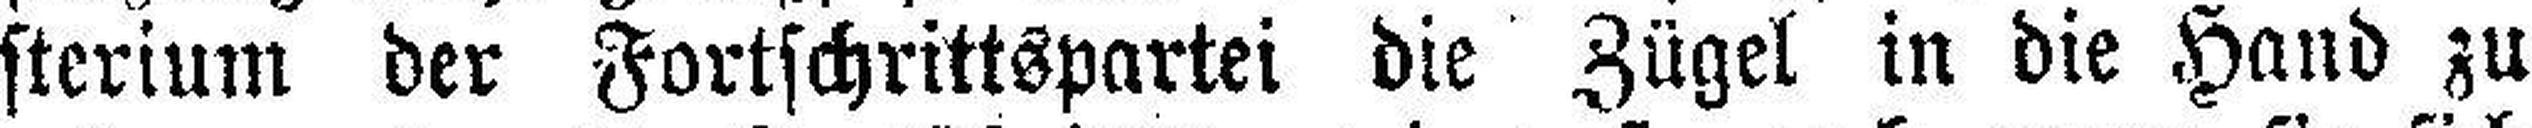
sterium der Fortschrittspartei die Zügel in die Hand zu